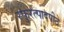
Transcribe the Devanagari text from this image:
स्फुरत्पादपीठे